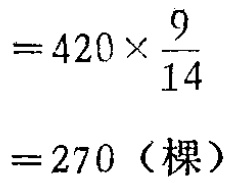
\[

\begin{align*}

&45\times\frac{7}{7 + 8}\\

=&45\times\frac{7}{15}\\

=&21（页）

\end{align*}

\]